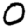
Digit: 0